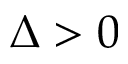
\Delta > 0